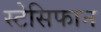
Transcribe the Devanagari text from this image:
स्टेसिफान